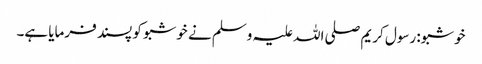
خوشبو: رسول کریم صلی اللہ علیہ وسلم نے خوشبو کو پسند فرمایا ہے۔